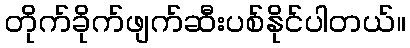
တိုက်ခိုက်ဖျက်ဆီးပစ်နိုင်ပါတယ်။